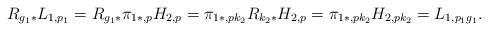
LaTeX: \begin{align*}R_{g_1 *}L_{1,p_1}=R_{g_1 *}\pi_{1*,p}H_{2,p}=\pi_{1*,pk_2}R_{k_2*}H_{2,p}=\pi_{1*,pk_2}H_{2,pk_2}=L_{1,p_1g_1}.\end{align*}